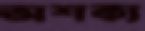
অশক্য